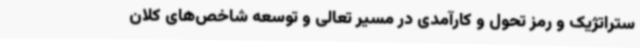
ستراتژیک و رمز تحول و کارآمدی در مسیر تعالی و توسعه شاخص‌های کلان